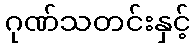
ဂုဏ်သတင်းနှင့်